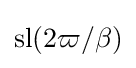
\operatorname {sl} (2\varpi /\beta )